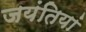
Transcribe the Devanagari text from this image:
जयंतियां